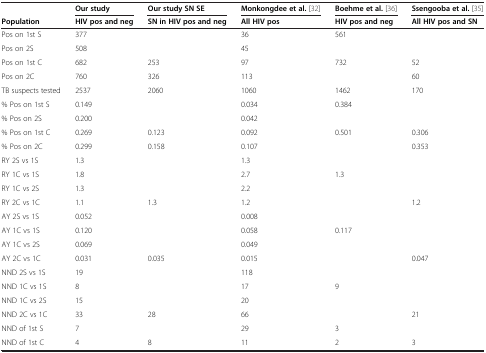
<table><thead><tr><td>[EMPTY_CELL]</td><td><b>Our study</b></td><td><b>Our study SN SE</b></td><td><b>Monkongdee et al.[32]</b></td><td><b>Boehme et al.[36]</b></td><td><b>Ssengooba et al.[35]</b></td></tr><tr><td><b>Population</b></td><td><b>HIV pos and neg</b></td><td><b>SN in HIV pos and neg</b></td><td><b>All HIV pos</b></td><td><b>HIV pos and neg</b></td><td><b>All HIV pos and SN</b></td></tr></thead><tbody><tr><td>Pos on 1st S</td><td>377</td><td>[EMPTY_CELL]</td><td>36</td><td>561</td><td>[EMPTY_CELL]</td></tr><tr><td>Pos on 2S</td><td>508</td><td>[EMPTY_CELL]</td><td>45</td><td>[EMPTY_CELL]</td><td>[EMPTY_CELL]</td></tr><tr><td>Pos on 1st C</td><td>682</td><td>253</td><td>97</td><td>732</td><td>52</td></tr><tr><td>Pos on 2C</td><td>760</td><td>326</td><td>113</td><td>[EMPTY_CELL]</td><td>60</td></tr><tr><td>TB suspects tested</td><td>2537</td><td>2060</td><td>1060</td><td>1462</td><td>170</td></tr><tr><td>% Pos on 1st S</td><td>0.149</td><td>[EMPTY_CELL]</td><td>0.034</td><td>0.384</td><td>[EMPTY_CELL]</td></tr><tr><td>% Pos on 2S</td><td>0.200</td><td>[EMPTY_CELL]</td><td>0.042</td><td>[EMPTY_CELL]</td><td>[EMPTY_CELL]</td></tr><tr><td>% Pos on 1st C</td><td>0.269</td><td>0.123</td><td>0.092</td><td>0.501</td><td>0.306</td></tr><tr><td>% Pos on 2C</td><td>0.299</td><td>0.158</td><td>0.107</td><td>[EMPTY_CELL]</td><td>0.353</td></tr><tr><td>RY 2S vs 1S</td><td>1.3</td><td>[EMPTY_CELL]</td><td>1.3</td><td>[EMPTY_CELL]</td><td>[EMPTY_CELL]</td></tr><tr><td>RY 1C vs 1S</td><td>1.8</td><td>[EMPTY_CELL]</td><td>2.7</td><td>1.3</td><td>[EMPTY_CELL]</td></tr><tr><td>RY 1C vs 2S</td><td>1.3</td><td>[EMPTY_CELL]</td><td>2.2</td><td>[EMPTY_CELL]</td><td>[EMPTY_CELL]</td></tr><tr><td>RY 2C vs 1C</td><td>1.1</td><td>1.3</td><td>1.2</td><td>[EMPTY_CELL]</td><td>1.2</td></tr><tr><td>AY 2S vs 1S</td><td>0.052</td><td>[EMPTY_CELL]</td><td>0.008</td><td>[EMPTY_CELL]</td><td>[EMPTY_CELL]</td></tr><tr><td>AY 1C vs 1S</td><td>0.120</td><td>[EMPTY_CELL]</td><td>0.058</td><td>0.117</td><td>[EMPTY_CELL]</td></tr><tr><td>AY 1C vs 2S</td><td>0.069</td><td>[EMPTY_CELL]</td><td>0.049</td><td>[EMPTY_CELL]</td><td>[EMPTY_CELL]</td></tr><tr><td>AY 2C vs 1C</td><td>0.031</td><td>0.035</td><td>0.015</td><td>[EMPTY_CELL]</td><td>0.047</td></tr><tr><td>NND 2S vs 1S</td><td>19</td><td>[EMPTY_CELL]</td><td>118</td><td>[EMPTY_CELL]</td><td>[EMPTY_CELL]</td></tr><tr><td>NND 1C vs 1S</td><td>8</td><td>[EMPTY_CELL]</td><td>17</td><td>9</td><td>[EMPTY_CELL]</td></tr><tr><td>NND 1C vs 2S</td><td>15</td><td>[EMPTY_CELL]</td><td>20</td><td>[EMPTY_CELL]</td><td>[EMPTY_CELL]</td></tr><tr><td>NND 2C vs 1C</td><td>33</td><td>28</td><td>66</td><td>[EMPTY_CELL]</td><td>21</td></tr><tr><td>NND of 1st S</td><td>7</td><td>[EMPTY_CELL]</td><td>29</td><td>3</td><td>[EMPTY_CELL]</td></tr><tr><td>NND of 1st C</td><td>4</td><td>8</td><td>11</td><td>2</td><td>3</td></tr></tbody></table>